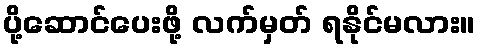
ပို့ဆောင်ပေးဖို့ လက်မှတ် ရနိုင်မလား။